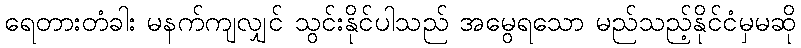
ရေတားတံခါး မနက်ကျလျှင် သွင်းနိုင်ပါသည် အမွေရသော မည်သည့်နိုင်ငံမှမဆို